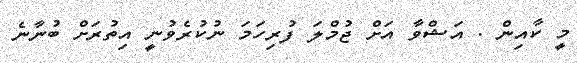
މީ ކާއިން . އަޝްވާ އަށް ޖުމްލަ ފުރިހަމަ ނުކުރެވުނީ އިތުރަށް ބުނާނެ